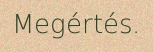
Megértés.